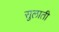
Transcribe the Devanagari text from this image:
सुलाती